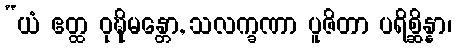
“ယံ ဧတ္ထ ဝုဍ္ဎိမန္တော, သလက္ခဏာ ပူဇိတာ ပရိစ္ဆိန္နာ၊